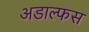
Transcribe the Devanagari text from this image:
अडाल्फस